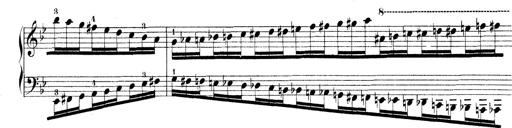
Title: Technische Studien
Composer: Franz Liszt